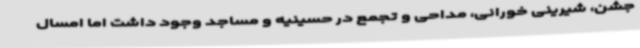
جشن، شیرینی خورانی، مداحی و تجمع در حسینیه و مساجد وجود داشت اما امسال